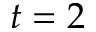
t = 2